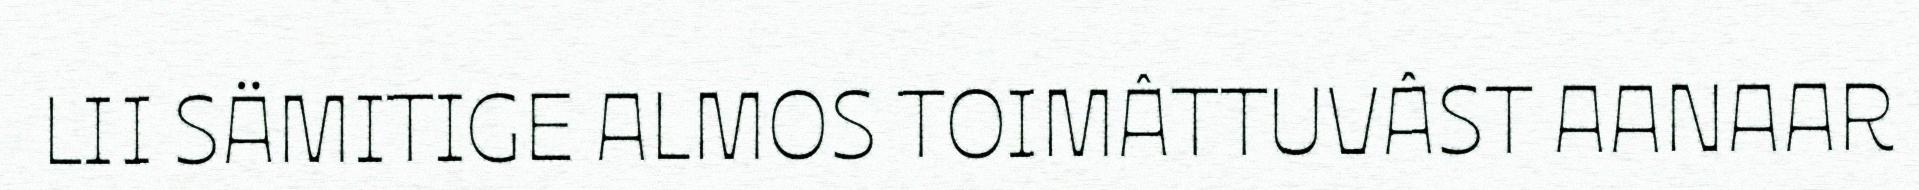
LII SÄMITIGE ALMOS TOIMÂTTUVÂST AANAAR